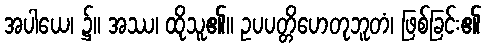
အပါယေ၊ ၌။ အဿ၊ ထိုသူ၏။ ဥပပတ္တိဟေတုဘူတံ၊ ဖြစ်ခြင်း၏